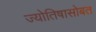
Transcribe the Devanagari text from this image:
ज्योतिषासोबत